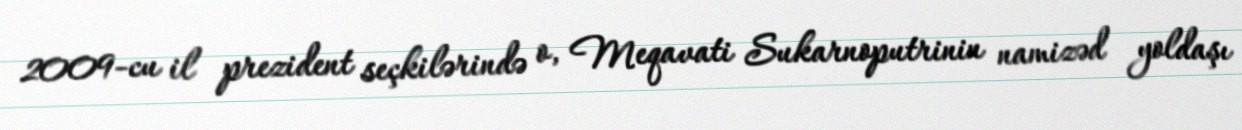
2009-cu il prezident seçkilərində o, Meqavati Sukarnoputrinin namizəd yoldaşı